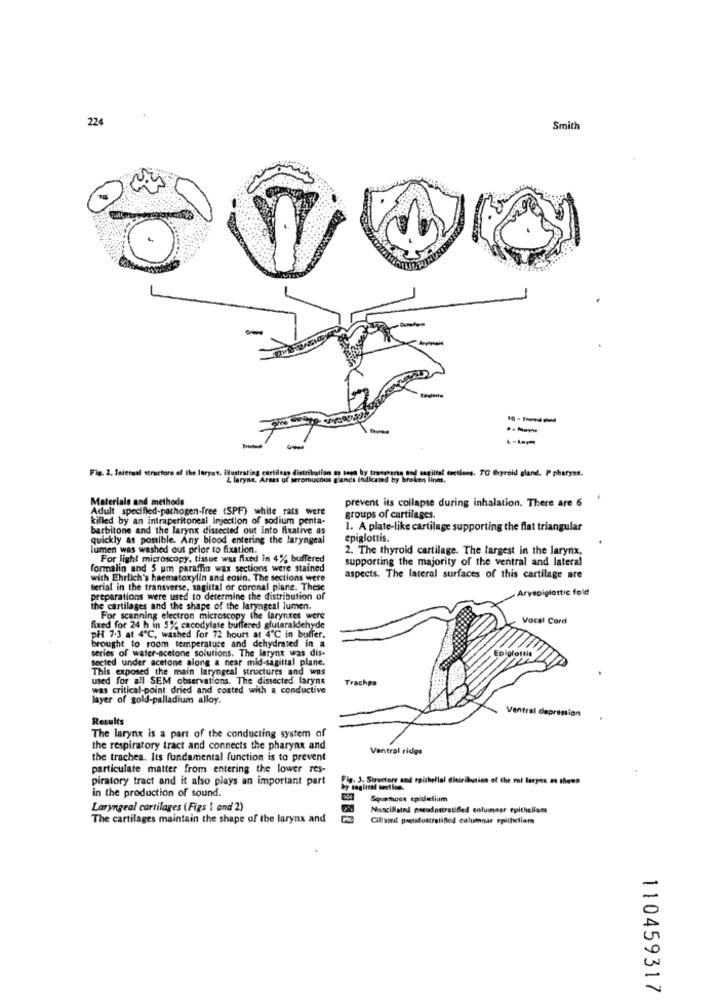
224
Smith
Fig. 2. 1niersal structure of the laryat. illustrating cartiltes d
tien s sess by trasmana tod sagittal tactions. TO thyroid gland. P pheryst.
L laryna, Armas of seromucous glands Indicated by broken lines,
Materials and methods
prevent its collapse during inhalation. There are 6
Adult specified-pathogen-free (SPF) white rats were
killed by an intraperitoneal injection of sodium penta-
groups of cartilages.
barbitone and the larynx dissected out into fixative as
1. A plate-like cartilage supporting the flat triangular
quickly as possible. Any blood entering the laryngeal
epiglottis.
lumen was washed out prior to fixation.
2. The thyroid cartilage. The largest in the larynx,
For light microscopy, tissue was fixed in 4% buffered
supporting the majority of the ventral and lateral
formalin and 5 um paraffin wax sections were stained
with Ehrlich's haematoxylin and eosin. The sections were
aspects. The lateral surfaces of this cartilage are
serial in the transverse, sagittal or coronal plane. These
Arvepiglottic fold
preparations were used to determine the distribution of
the cartilages and the shape of the laryngeal lumen.
For scanning electron microscopy the larynxes were
Vocal Cord
fixed for 24 h in 5% cacodylate buffered glutaraldehyde
pH 7.3 at 4℃, washed for 72 hours at 4℃ in buffer.
tto room temperature and dehydrated in a
series of water-acetone solutions. The larynx was dis-
sected under acetone along a near mid-sagittal plane.
This exposed the main laryngeal structures and was
used for all SEM observations. The dissected larynx
Trachea
was critical-point dried and coated with a conductive
layer of gold-palladium alloy.
Ventral depression
Results
The larynx is a part of the conducting system of
the respiratory tract and connects the pharynx and
Ventral rides
the trachea. Its fundamental function is to prevent
particulate matter from entering the lower res-
piratory tract and it also plays an important part
Fig. 3. Structure and roishellal distribution of the mat larynx as shown
in the production of sound.
Squamoes epithelium
Laryngeal cartilages (Figs 1 and 2)
Mancillated pseudostratified columnsr epithelium
The cartilages maintain the shape of the larynx and
Cillaned pseudostratified columnar epithelium
110459317